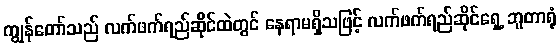
ကျွန်တော်သည် လက်ဖက်ရည်ဆိုင်ထဲတွင် နေရာမရှိသဖြင့် လက်ဖက်ရည်ဆိုင်ရှေ့ ဘူတာရုံ